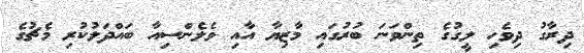
ދިރާގު ދިވެހި ލީގުގެ ތިންވަނަ ބުރުގައި މާޒިޔާ އާއި ވެލެންސިއާ ބައްދަލުކުރި މެޗުގެ